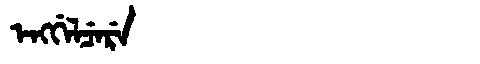
Manchu: ᡝᠩᡤᡝᠯᠴᡝᡵᡝ
Romanization: ENGGELCERE